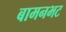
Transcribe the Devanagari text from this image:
बामनभट